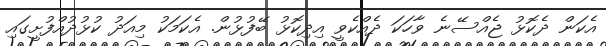
އެކަން ދެކޮޅު ޖެއްސޭނެ ވާހަކަ ދެއްކެވީ އިދިކޮޅު ބޭފުޅުން. އެކަމަކު މިއަދު ކުޅުދުއްފުށީގައި